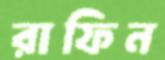
রাফিন